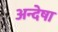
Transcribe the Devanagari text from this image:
अन्देषा